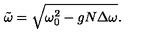
\tilde { \omega } = \sqrt { \omega _ { 0 } ^ { 2 } - g N \Delta \omega } .